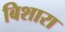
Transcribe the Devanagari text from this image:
बिशारा